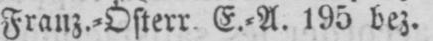
Franz.⸗Österr. E.⸗A. 195 bez.